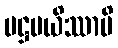
ပဋ္ဌပယိဿာမိ